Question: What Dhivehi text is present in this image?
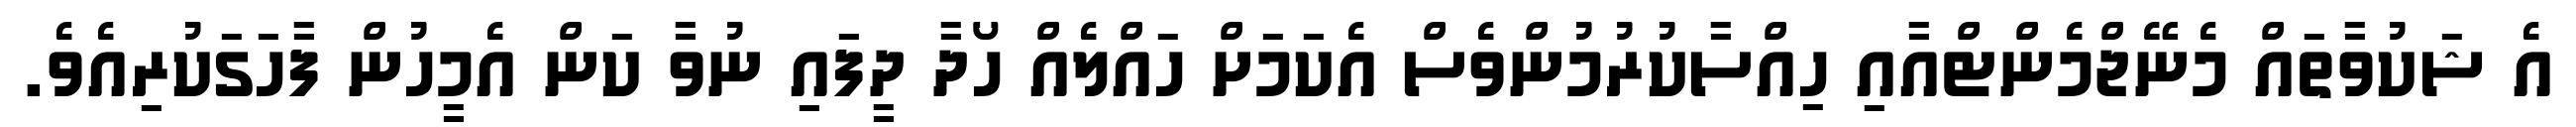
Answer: އެ ޝަކުވާތައް މެނޭޖްމެންޓްއާއި ހިއްސާކުރުމުންވެސް އެކަމަށް ހައްލެއް ހޯދާ ދީފައި ނުވާ ކަން އެމީހުން ފާހަގަކުރިއެވެ.